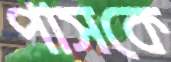
পাসকে